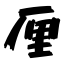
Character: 厘